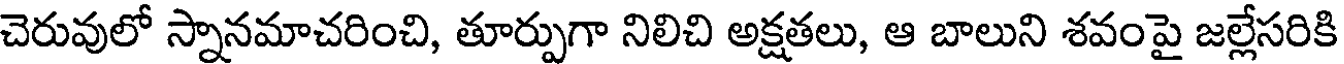
చెరువులో స్నానమాచరించి, తూర్పుగా నిలిచి అక్షతలు, ఆ బాలుని శవంపై జల్లేసరికి